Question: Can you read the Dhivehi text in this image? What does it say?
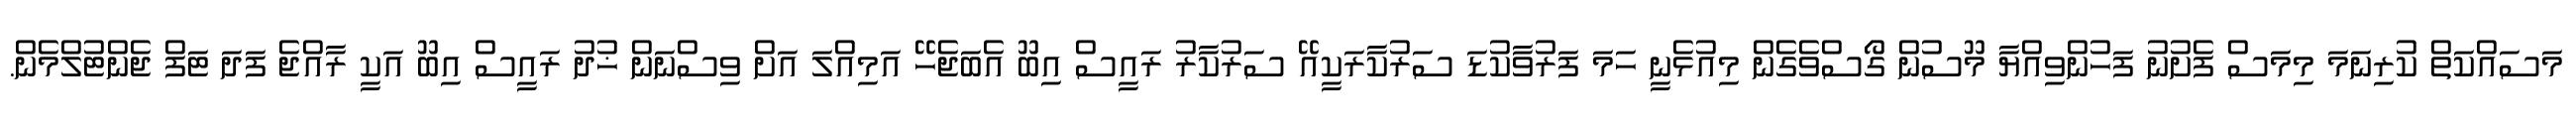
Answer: މަސައްކަތް ކުރިނަމަ މިމަސް ފެށުނު ފަހުންވިއްޔާ މޫސުން ގޯސްވެގެން މިއުޅެނީ ހަމަ ފަރުވާކުޑަ ސަރުކާރަކީއޭ ސަރުކާރު ރައީސް އިބޫ އެބަޖެހޭ އަމިއްލަ އަށް ވިސްނަން ޚުދު ރައީސް އިބޫ އަކީ ރާއްޖެ ފަދަ ޓަފް ޖެންޓުލްމެން.